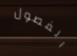
الفصول